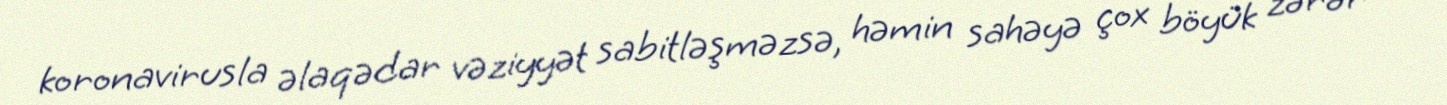
koronavirusla əlaqədar vəziyyət sabitləşməzsə, həmin sahəyə çox böyük zərər